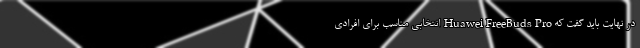
در نهایت باید گفت که Huawei FreeBuds Pro انتخابی مناسب برای افرادی